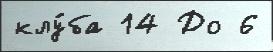
клу́ба 14 До 6